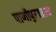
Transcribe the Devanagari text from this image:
पाणीपुरवठाच